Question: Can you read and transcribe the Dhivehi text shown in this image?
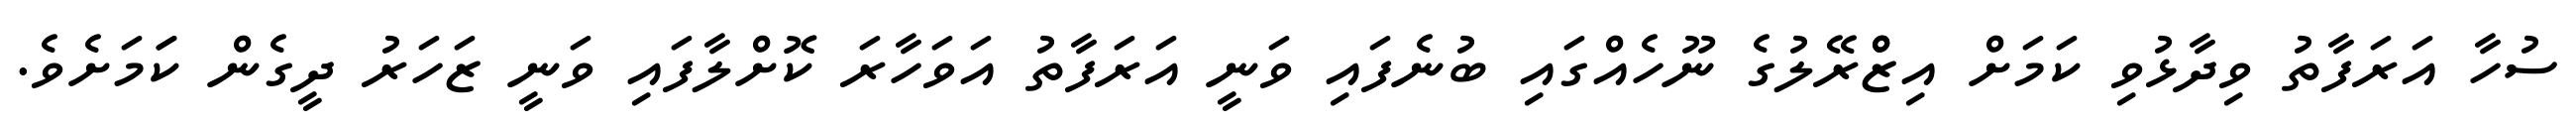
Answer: ސުހާ އަރަފާތު ވިދާޅުވި ކަމަށް އިޒްްރޭލުގެ ނޫހެއްގައި ބުނެފައި ވަނީ އަރަފާތު އަވަހާރަ ކޮށްލާފައި ވަނީ ޒަހަރު ދީގެން ކަަމަށެވެ.